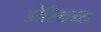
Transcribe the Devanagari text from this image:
डोरियन्स